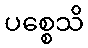
ပစ္စေသိ